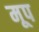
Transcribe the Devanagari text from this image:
मूप